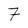
Character: 7